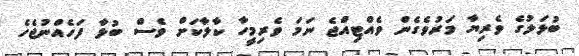
ބުޅަލުގެ ވެރިޔާ މަރުވެގެން ވެއްޓިއްޖެ ނަމަ ވެރިމީހާ ކާލާކަށް ވެސް ބުޅާ ފަހެއްނުޖެހެ